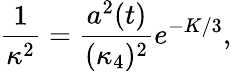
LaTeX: \frac{1}{\kappa^{2}}=\frac{a^{2}(t)}{(\kappa_{4})^{2}}e^{-K/3},